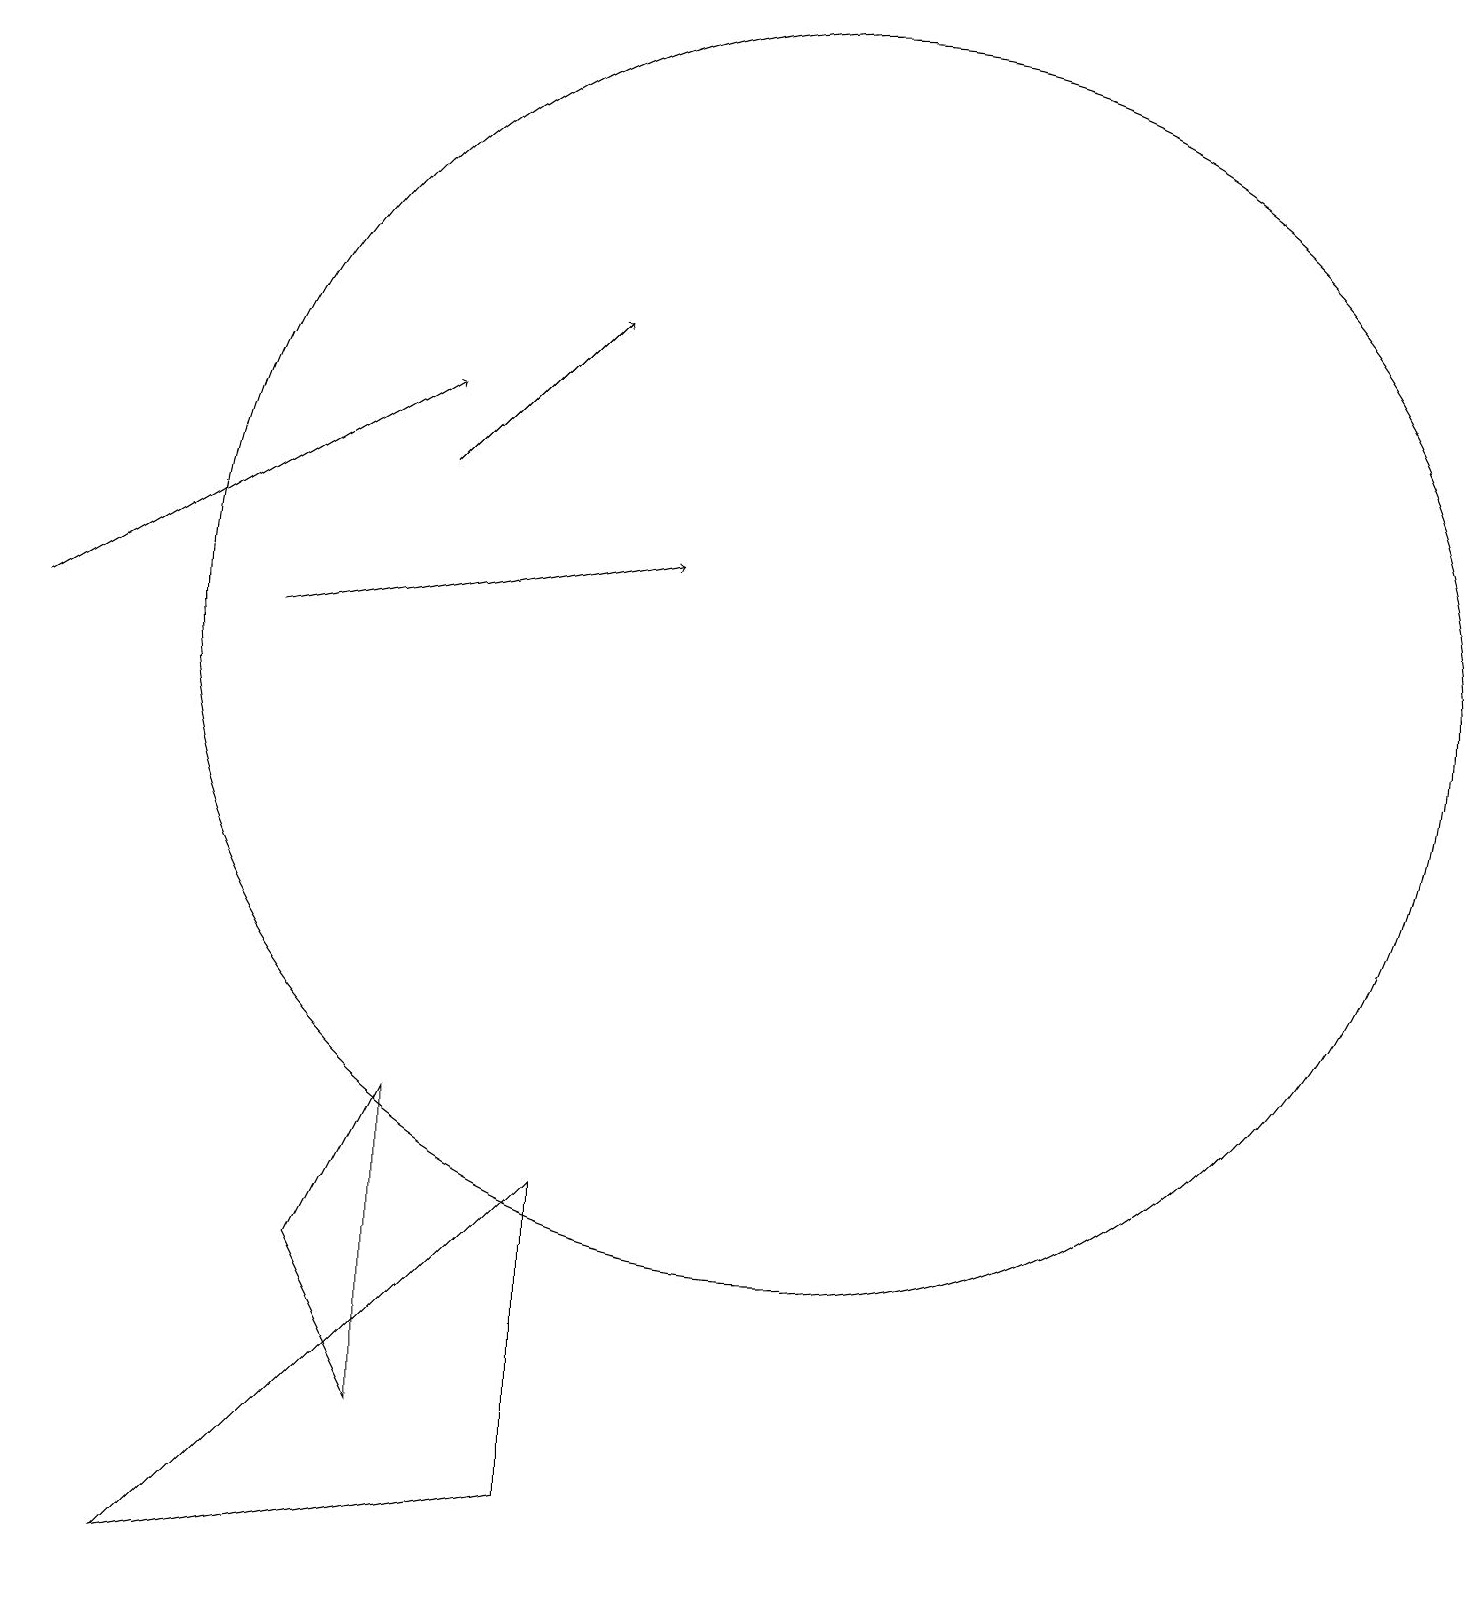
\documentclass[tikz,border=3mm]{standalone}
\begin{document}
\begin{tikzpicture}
\draw[->] (1,12) -- (6,15);
\draw (11,12) circle (8);
\draw[->] (6,14) -- (8,16);
\draw (6,6) -- (5,4) -- (6,2) -- cycle;
\draw (11,12) circle (0);
\draw[->] (4,12) -- (9,13);
\draw (12,12) circle (0);
\draw (8,5) -- (3,0) -- (8,1) -- cycle;
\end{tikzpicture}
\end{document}